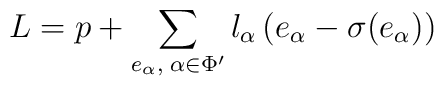
L=p+\sum_{e_\alpha,\;\alpha \in \Phi'} l_\alpha\, (e_\alpha - \sigma(e_\alpha))